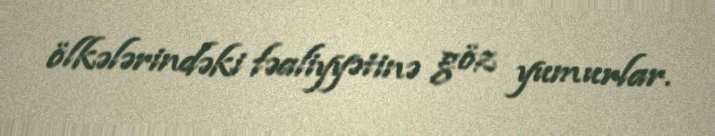
ölkələrindəki fəaliyyətinə göz yumurlar.